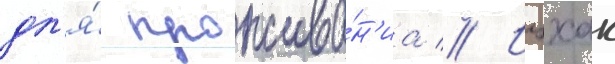
дл'я́ прожива́н'иа // Ицхак